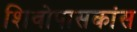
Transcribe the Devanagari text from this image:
शिवोपासकांस